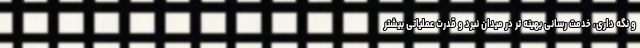
و نگه داری، خدمت رسانی بهینه تر در میدان نبرد و قدرت عملیاتی بیشتر